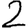
Digit: 2